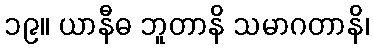
၁၉။ ယာနီဓ ဘူတာနိ သမာဂတာနိ၊